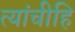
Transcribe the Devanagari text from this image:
त्यांचीहि